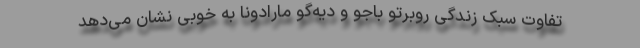
تفاوت سبک زندگی روبرتو باجو و دیه‌گو مارادونا به خوبی نشان می‌دهد